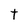
Character: t